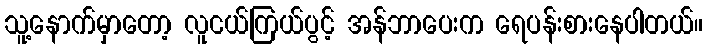
သူ့နောက်မှာတော့ လူငယ်ကြယ်ပွင့် အန်ဘာပေးက ရေပန်းစားနေပါတယ်။